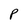
Character: P